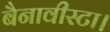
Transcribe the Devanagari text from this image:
बैनावीस्टा।